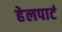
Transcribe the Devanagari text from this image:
हेलपाटं